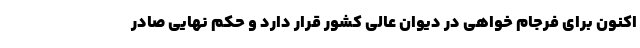
اکنون برای فرجام خواهی در دیوان عالی کشور قرار دارد و حکم نهایی صادر